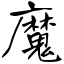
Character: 魔